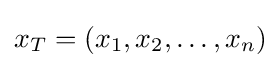
x_{T}=(x_{1},x_{2},\ldots ,x_{n})